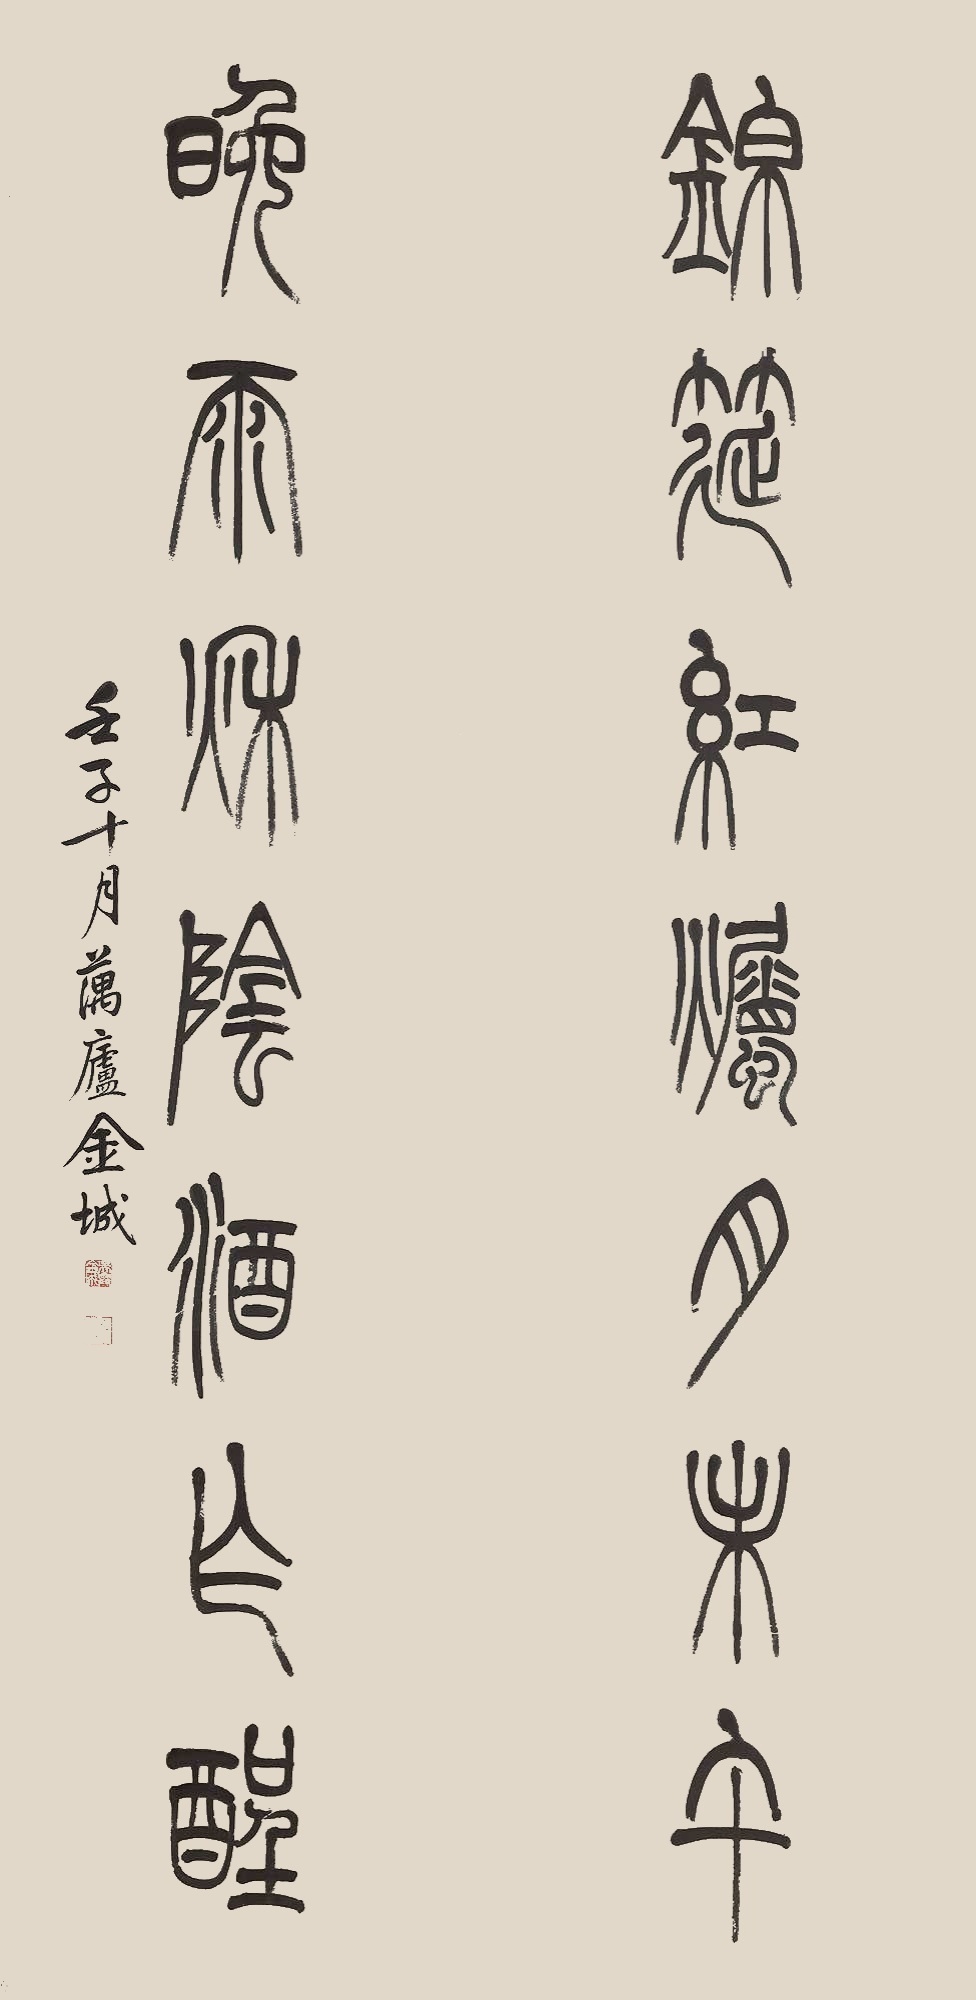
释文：锦筵红𪹳月未午，晚雨秋阴酒乍醒。壬子（1912年）十月藕庐金城。